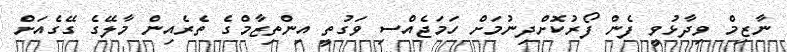
ނާޒިމް ވިދާޅުވީ ފެން ފޯރުކޮށްދިނުމަށް ހަމަޖެއްސި ވަގުތީ އިންތިޒާމްގެ ތެރެއިން މާލޭގެ ގޭގެއަށް